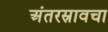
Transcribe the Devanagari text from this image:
अंतरस्रावचा